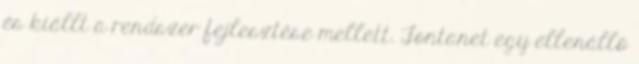
és kiállt a rendszer fejlesztése mellett. Fontanet egy ellenálló